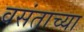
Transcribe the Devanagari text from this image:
वसंताच्या